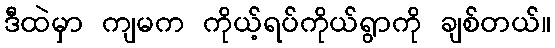
ဒီထဲမှာ ကျမက ကိုယ့်ရပ်ကိုယ်ရွာကို ချစ်တယ်။